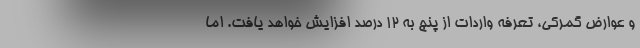
و عوارض گمرکی، تعرفه واردات از پنج به 12 درصد افزایش خواهد یافت. اما